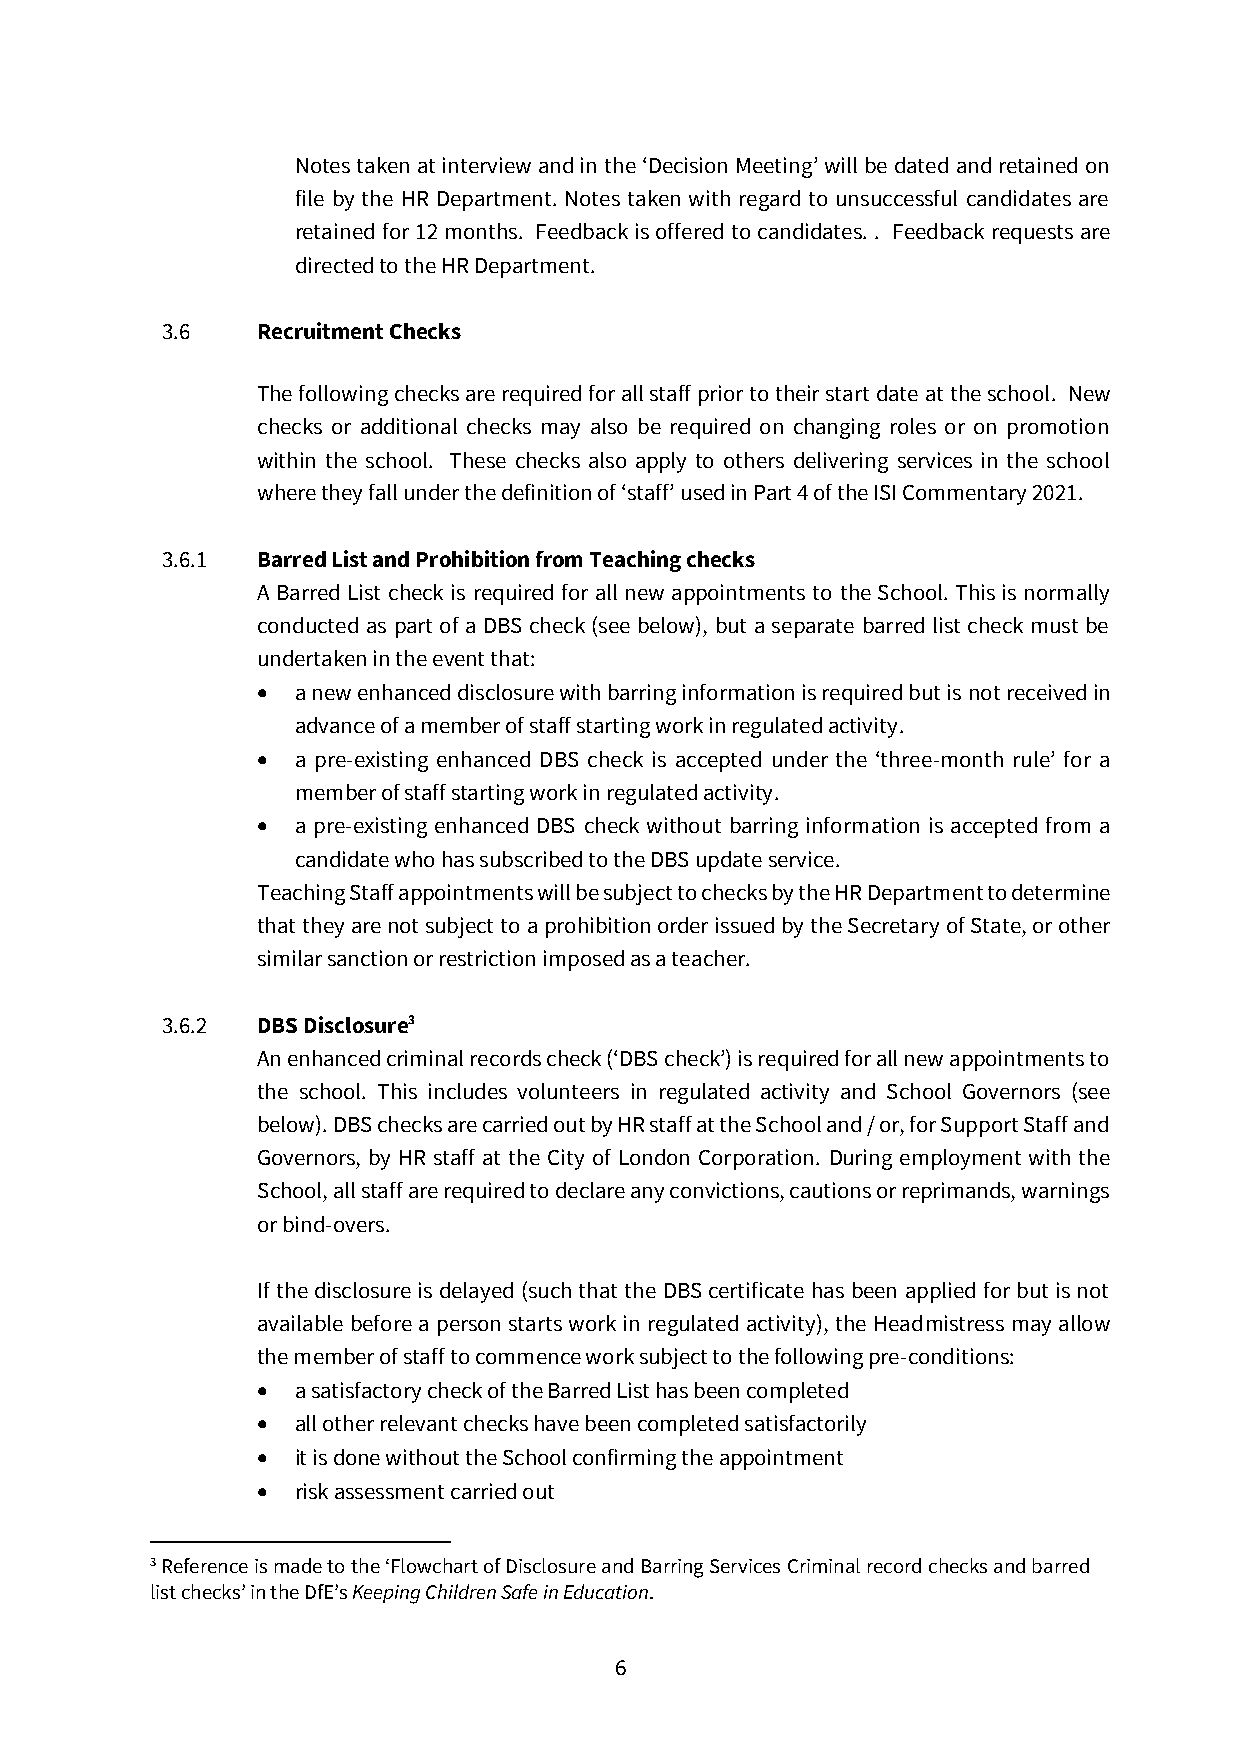
Notes taken at interview and in the ‘Decision Meeting’ will be dated and retained on
 file by the HR Department. Notes taken with regard to unsuccessful candidates are
 retained for 12 months. Feedback is offered to candidates. . Feedback requests are
 directed to the HR Department.
 3.6   Recruitment Checks
 The following checks are required for all staff prior to their start date at the school. New
 checks or additional checks may also be required on changing roles or on promotion
 within the school. These checks also apply to others delivering services in the school
 where they fall under the definition of ‘staff’ used in Part 4 of the ISI Commentary 2021.
 3.6.1 Barred List and Prohibition from Teaching checks
 A Barred List check is required for all new appointments to the School. This is normally
 conducted as part of a DBS check (see below), but a separate barred list check must be
 undertaken in the event that:
 • a new enhanced disclosure with barring information is required but is not received in
 advance of a member of staff starting work in regulated activity.
 • a pre-existing enhanced DBS check is accepted under the ‘three-month rule’ for a
 member of staff starting work in regulated activity.
 • a pre-existing enhanced DBS check without barring information is accepted from a
 candidate who has subscribed to the DBS update service.
 Teaching Staff appointments will be subject to checks by the HR Department to determine
 that they are not subject to a prohibition order issued by the Secretary of State, or other
 similar sanction or restriction imposed as a teacher.
 3.6.2 DBS Disclosure3
 An enhanced criminal records check (‘DBS check’) is required for all new appointments to
 the school. This includes volunteers in regulated activity and School Governors (see
 below). DBS checks are carried out by HR staff at the School and / or, for Support Staff and
 Governors, by HR staff at the City of London Corporation. During employment with the
 School, all staff are required to declare any convictions, cautions or reprimands, warnings
 or bind-overs.
 If the disclosure is delayed (such that the DBS certificate has been applied for but is not
 available before a person starts work in regulated activity), the Headmistress may allow
 the member of staff to commence work subject to the following pre-conditions:
 • a satisfactory check of the Barred List has been completed
 • all other relevant checks have been completed satisfactorily
 • it is done without the School confirming the appointment
 • risk assessment carried out
 3 Reference is made to the ‘Flowchart of Disclosure and Barring Services Criminal record checks and barred
 list checks’ in the DfE’s Keeping Children Safe in Education.
 6